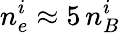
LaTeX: n_{e}^{i}\approx 5\, n_{B}^{i}